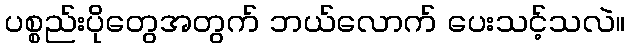
ပစ္စည်းပိုတွေအတွက် ဘယ်လောက် ပေးသင့်သလဲ။